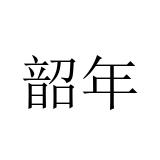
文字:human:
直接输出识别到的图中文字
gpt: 韶年